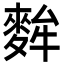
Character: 麰